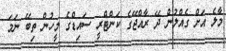
މާލެ އަށް ގެއްލުން ދޭ ރާއްޖޭގެ ކަންޓްރީ ސައިޑްގެ މީހުން ތިބޭ ނަމަ